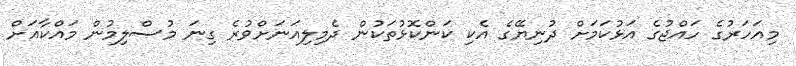
މިއަހަރުގެ ހައްޖުގެ އަޅުކަމަށް ދުނިޔޭގެ އެކި ކަންކޮޅުތަކުން ދެމިލިއަނަށްވުރެ ގިނަ މުސްލިމުން މައްކާއަށް